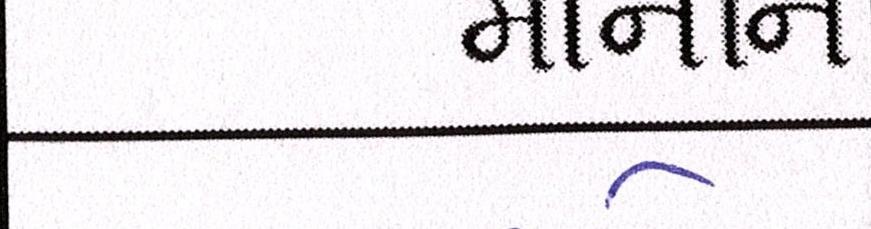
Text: માનીને